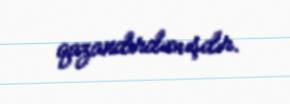
qazandırdımışdır.